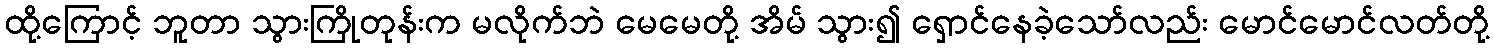
ထို့ကြောင့် ဘူတာ သွားကြိုတုန်းက မလိုက်ဘဲ မေမေတို့ အိမ် သွား၍ ရှောင်နေခဲ့သော်လည်း မောင်မောင်လတ်တို့